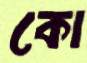
কো